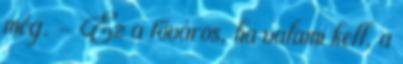
még. - Ez a főváros, ha valami kell, a